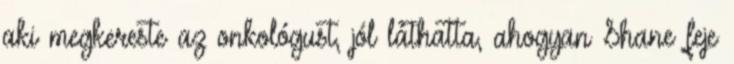
aki megkereste az onkológust, jól láthatta, ahogyan Shane feje